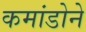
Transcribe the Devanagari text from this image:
कमांडोने